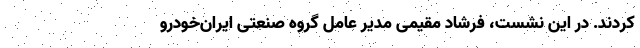
کردند. در این نشست، فرشاد مقیمی مدیر عامل گروه صنعتی ایرا‌ن‌خودرو